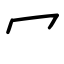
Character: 冖